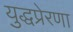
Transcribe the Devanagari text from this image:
युद्धप्रेरणा